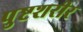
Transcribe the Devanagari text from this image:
पुष्टशरीर